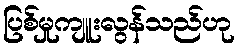
ပြစ်မှုကျူးလွန်သည်ဟု